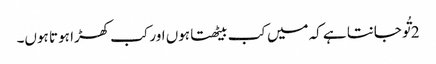
2 تُو جانتا ہے کہ میں کب بیٹھتا ہوں اور کب کھڑا ہو تا ہوں۔